Tezpur Lunatic Asylum reports 1895-1904 - 1895-1904
Year: 1895
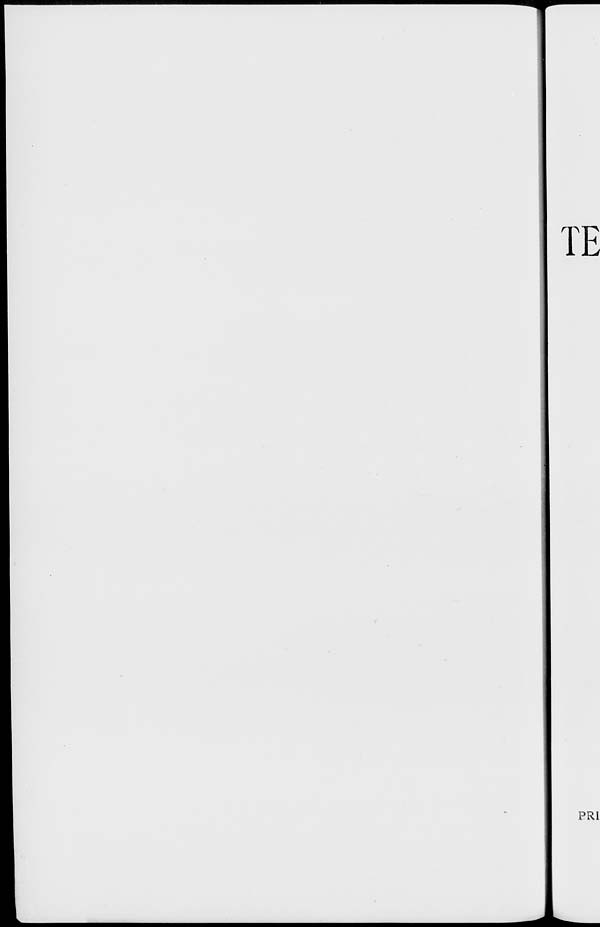
TE
PRI